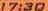
17:30